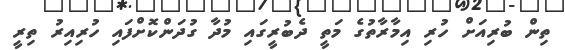
ތިން ބުރިއަށް ހުރި އިމާރާތުގެ މަތީ ދެބުރީގައި މުދާ ގުދަންކޮށްފައި ހުރިއިރު ތިރީ